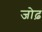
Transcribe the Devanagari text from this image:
जोढ़